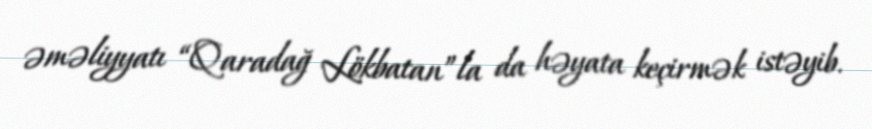
əməliyyatı “Qaradağ Lökbatan”la da həyata keçirmək istəyib.